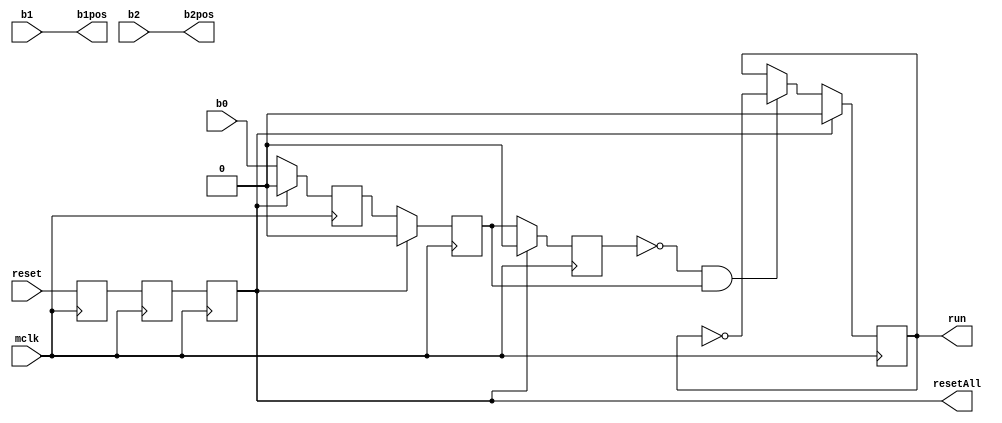
module buttonStateMachine
(
	input mclk,
	
	input b0,
	input b1,
	input b2,
	input reset,
	
	output run,
	
	output b1pos,
	output b2pos,
	output resetAll
);

//   , positive edge 

reg b0Delayed0 = 1'b0;
reg b0Delayed1 = 1'b0;
reg b0Delayed2 = 1'b0;
wire posedgeDetect0;

reg rsDelayed0 = 1'b0;
reg rsDelayed1 = 1'b0;
reg rsDelayed2 = 1'b0;
wire posedgeDetectrs;

//
always @(posedge mclk)
begin
	rsDelayed0 <= reset;
	rsDelayed1 <= rsDelayed0;
	rsDelayed2 <= rsDelayed1;
	
	if(rsDelayed2 == 1'b1)
	begin
		b0Delayed0 <= 1'b0;
		b0Delayed1 <= 1'b0;
		b0Delayed2 <= 1'b0;
	end
	else
	begin
		b0Delayed0 <= b0;
		b0Delayed1 <= b0Delayed0;
		b0Delayed2 <= b0Delayed1;
	end
end
// end

//positive edge 
assign posedgeDetect0 = ~b0Delayed2 & b0Delayed1;
//positive edge  end

//   
assign b1pos = b1;
assign b2pos = b2;

//   , positive edge  end

reg runState = 1'b0;

always @(posedge mclk)
begin
	if(rsDelayed2 == 1'b1)
	begin
		runState <= 1'b0;
	end
	else
	begin
		if(posedgeDetect0) //RUN, STOP  
		begin
			runState <= ~runState;
		end
	end
end

assign run = runState; //RUN STOP   
assign resetAll = rsDelayed2; //    

endmodule